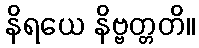
နိရယေ နိဗ္ဗတ္တတိ။